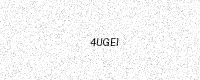
Text: 4UGEI